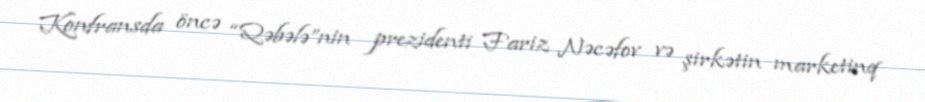
Konfransda öncə “Qəbələ”nin prezidenti Fariz Nəcəfov və şirkətin marketinq